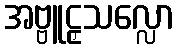
အဗ္ဗူဠှသလ္လော